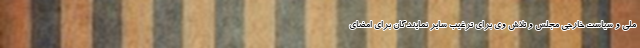
ملی و سیاست خارجی مجلس و تلاش وی برای ترغیب سایر نمایندگان برای امضای